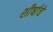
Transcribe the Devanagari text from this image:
शीर्षाचे